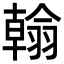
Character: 𦒋